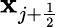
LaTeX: \mathbf{x}_{j+\frac{{1}}{{2}}}